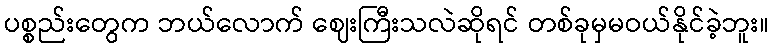
ပစ္စည်းတွေက ဘယ်လောက် ဈေးကြီးသလဲဆိုရင် တစ်ခုမှမဝယ်နိုင်ခဲ့ဘူး။